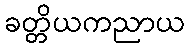
ခတ္တိယကညာယ